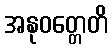
အနုဝတ္တေတိ